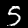
Digit: 5